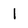
Character: l